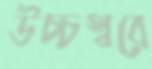
উচ্চস্বরে